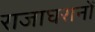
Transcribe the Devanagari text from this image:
राजाघरानों